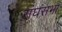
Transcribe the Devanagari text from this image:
संघसभा